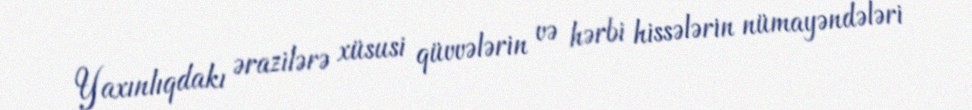
Yaxınlıqdakı ərazilərə xüsusi qüvvələrin və hərbi hissələrin nümayəndələri